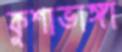
কুশাভাঙ্গা